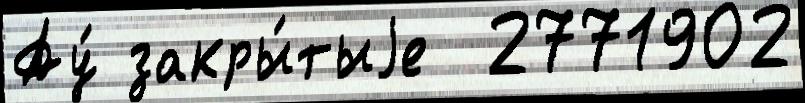
Ау́ закры́тыjе  2771902